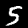
Label: 5